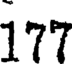
177